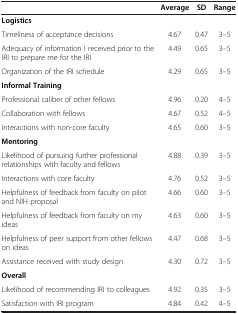
<table><thead><tr><td>[EMPTY_CELL]</td><td><b>Average</b></td><td><b>SD</b></td><td><b>Range</b></td></tr></thead><tbody><tr><td><b>Logistics</b></td><td>[EMPTY_CELL]</td><td>[EMPTY_CELL]</td><td>[EMPTY_CELL]</td></tr><tr><td>Timeliness of acceptance decisions</td><td>4.67</td><td>0.47</td><td>3–5</td></tr><tr><td>Adequacy of information I received prior to the IRI to prepare me for the IRI</td><td>4.49</td><td>0.65</td><td>3–5</td></tr><tr><td>Organization of the IRI schedule</td><td>4.29</td><td>0.65</td><td>3–5</td></tr><tr><td><b>Informal Training</b></td><td>[EMPTY_CELL]</td><td>[EMPTY_CELL]</td><td>[EMPTY_CELL]</td></tr><tr><td>Professional caliber of other fellows</td><td>4.96</td><td>0.20</td><td>4–5</td></tr><tr><td>Collaboration with fellows</td><td>4.67</td><td>0.52</td><td>4–5</td></tr><tr><td>Interactions with non-core faculty</td><td>4.65</td><td>0.60</td><td>3–5</td></tr><tr><td><b>Mentoring</b></td><td>[EMPTY_CELL]</td><td>[EMPTY_CELL]</td><td>[EMPTY_CELL]</td></tr><tr><td>Likelihood of pursuing further professional relationships with faculty and fellows</td><td>4.88</td><td>0.39</td><td>3–5</td></tr><tr><td>Interactions with core faculty</td><td>4.76</td><td>0.52</td><td>3–5</td></tr><tr><td>Helpfulness of feedback from faculty on pilot and NIH proposal</td><td>4.66</td><td>0.60</td><td>3–5</td></tr><tr><td>Helpfulness of feedback from faculty on my ideas</td><td>4.63</td><td>0.60</td><td>3–5</td></tr><tr><td>Helpfulness of peer support from other fellows on ideas</td><td>4.47</td><td>0.68</td><td>3–5</td></tr><tr><td>Assistance received with study design</td><td>4.30</td><td>0.72</td><td>3–5</td></tr><tr><td><b>Overall</b></td><td>[EMPTY_CELL]</td><td>[EMPTY_CELL]</td><td>[EMPTY_CELL]</td></tr><tr><td>Likelihood of recommending IRI to colleagues</td><td>4.92</td><td>0.35</td><td>3–5</td></tr><tr><td>Satisfaction with IRI program</td><td>4.84</td><td>0.42</td><td>4–5</td></tr></tbody></table>